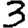
Digit: 3